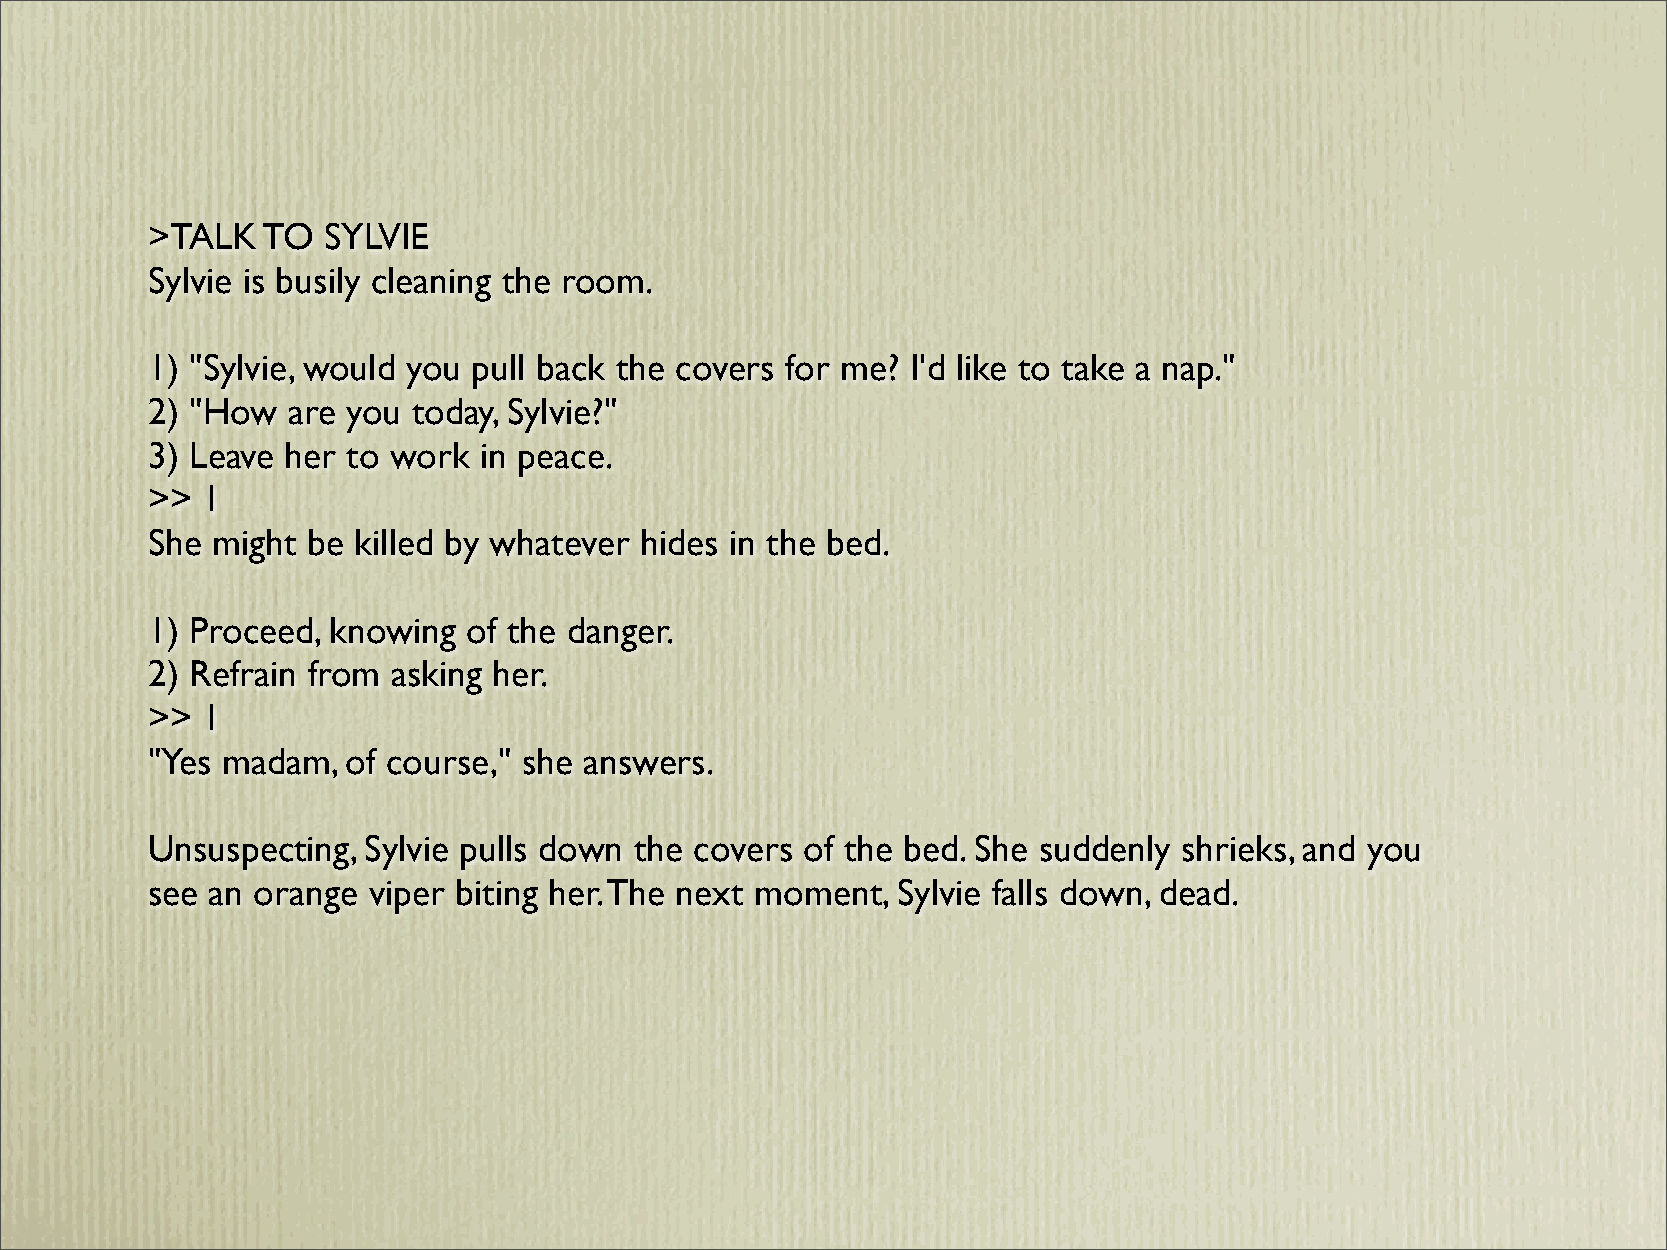
>TALK  TO  SYLVIE
 Sylvie is busily cleaning the room.
 1) "Sylvie, would you pull back the covers for me? I'd like to take a nap."
 2) "How  are you today, Sylvie?"
 3) Leave her to work  in peace.
 >> 1
 She might be killed by whatever hides in the bed.
 1) Proceed, knowing  of the danger.
 2) Refrain from asking her.
 >> 1
 "Yes madam,  of course," she answers.
 Unsuspecting, Sylvie pulls down the covers of the bed. She suddenly shrieks, and you
 see an orange viper biting her. The next moment, Sylvie falls down, dead.